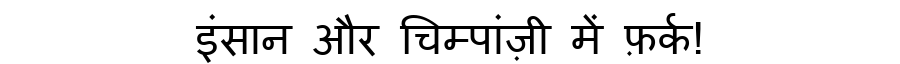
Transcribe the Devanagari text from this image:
इंसान और चिम्पांज़ी में फ़र्क!